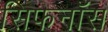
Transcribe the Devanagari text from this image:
सिफनॉस